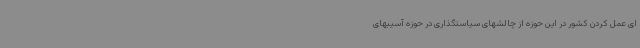
ای عمل کردن کشور در این حوزه از چالشهای سیاستگذاری در حوزه آسیبهای